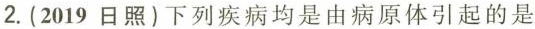
2.(2019 日照)下列疾病均是由病原体引起的是